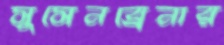
সুসেনব্রেনার